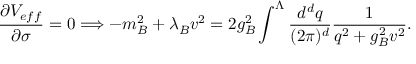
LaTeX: \frac { \partial V _ { e f f } } { \partial \sigma } = 0 \Longrightarrow - m _ { B } ^ { 2 } + \lambda _ { B } v ^ { 2 } = 2 g _ { B } ^ { 2 } \int ^ { \Lambda } \frac { d ^ { d } q } { ( 2 \pi ) ^ { d } } \frac { 1 } { q ^ { 2 } + g _ { B } ^ { 2 } v ^ { 2 } } .